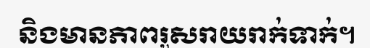
និងមានភាពរួសរាយរាក់ទាក់។